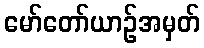
မော်တော်ယာဉ်အမှတ်